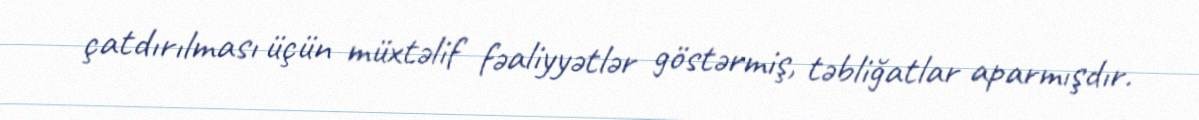
çatdırılması üçün müxtəlif fəaliyyətlər göstərmiş, təbliğatlar aparmışdır.